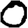
Digit: 0